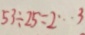
5 3 \div 2 5 = 2 \cdots 3